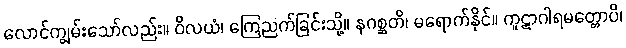
လောင်ကျွမ်းသော်လည်း။ ဝိလယံ၊ ကြေညက်ခြင်းသို့။ နဂစ္ဆတိ၊ မရောက်နိုင်။ ကူဋာဂါရမတ္တောပိ၊